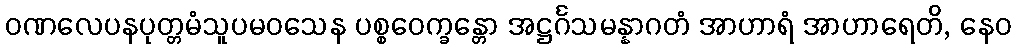
ဝဏလေပနပုတ္တမံသူပမဝသေန ပစ္စဝေက္ခန္တော အဋ္ဌင်္ဂသမန္နာဂတံ အာဟာရံ အာဟာရေတိ, နေဝ